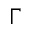
\Gamma